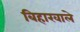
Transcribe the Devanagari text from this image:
बिहारवाले